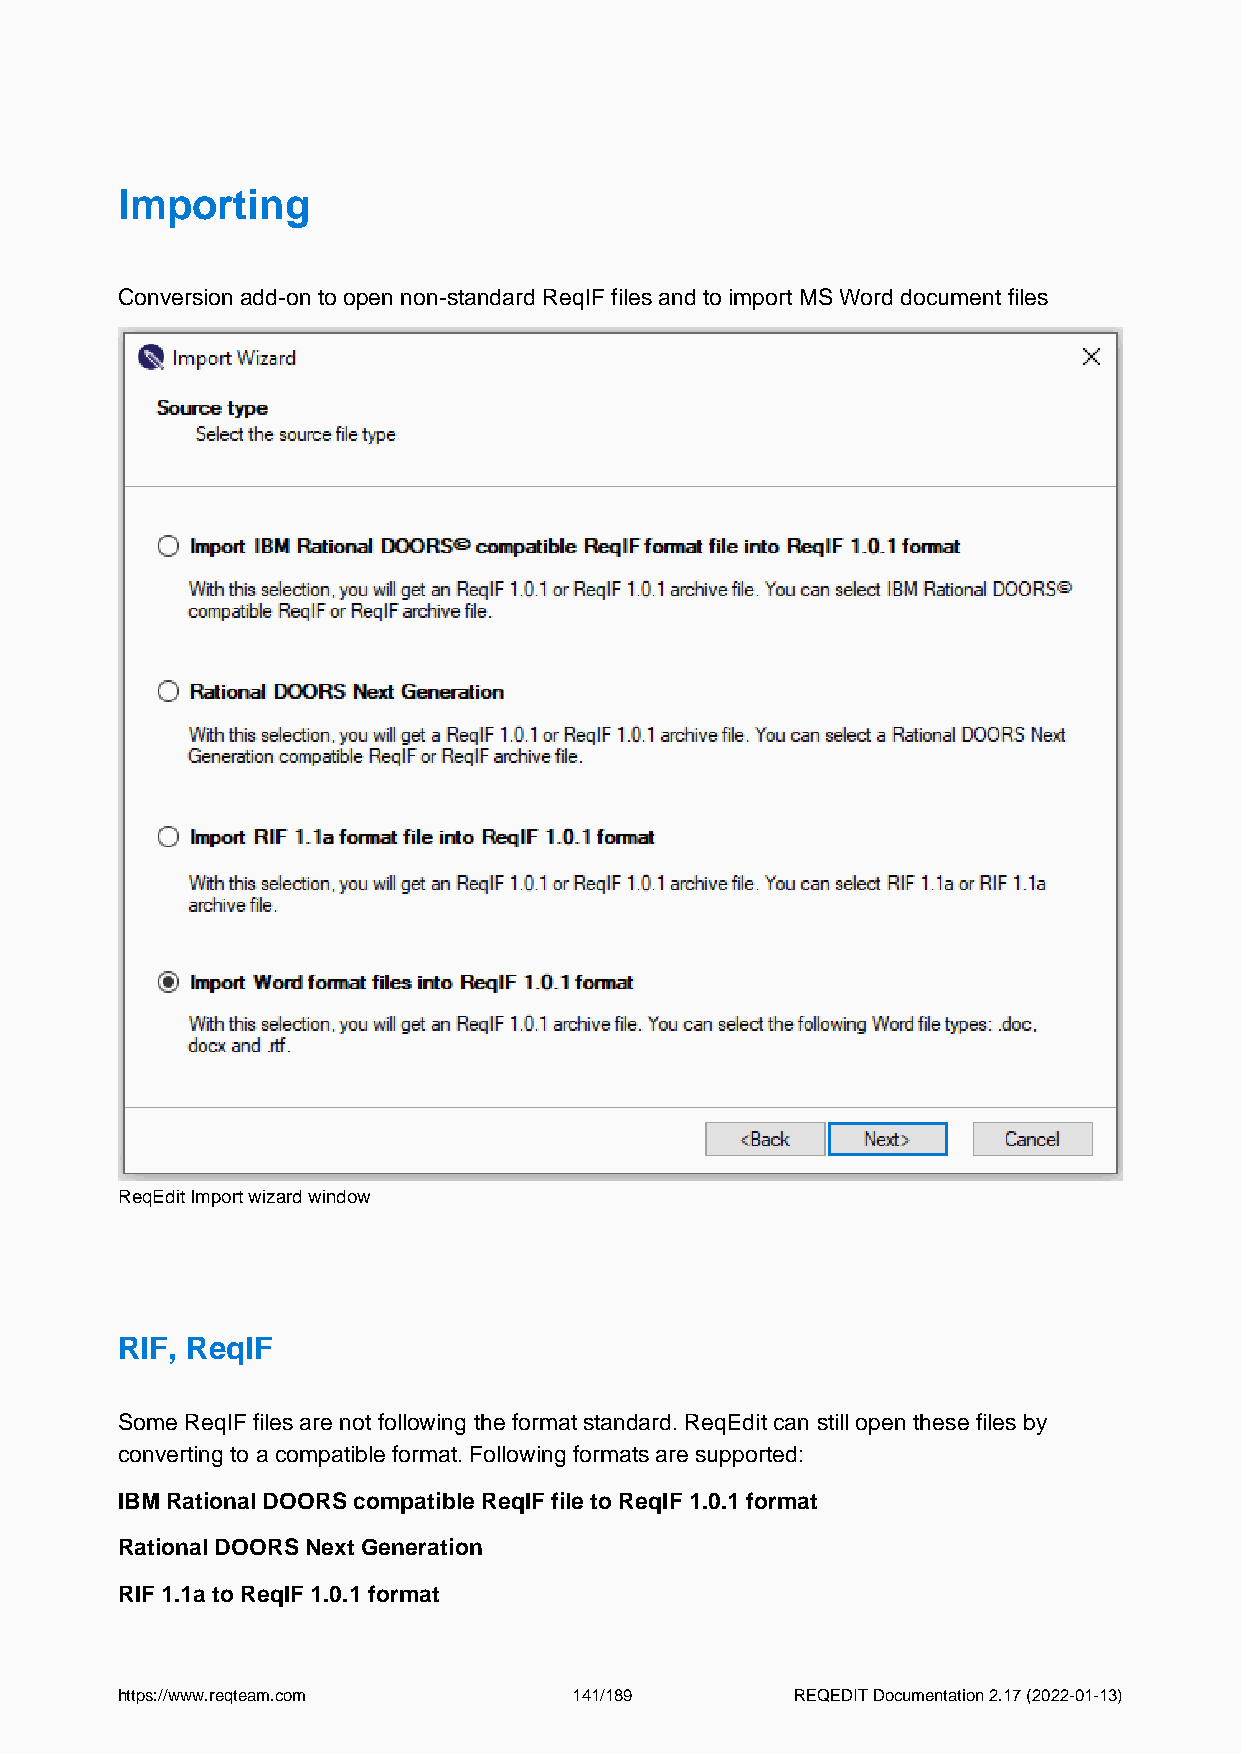
Importing
 Conversion add-on to open non-standard ReqIF files and to import MS Word document files
 ReqEdit Import wizard window
 RIF, ReqIF
 Some ReqIF files are not following the format standard. ReqEdit can still open these files by
 converting to a compatible format. Following formats are supported:
 IBM Rational DOORS compatible ReqIF file to ReqIF 1.0.1 format
 Rational DOORS Next Generation
 RIF 1.1a to ReqIF 1.0.1 format
 https://www.reqteam.com       141/189        REQEDIT Documentation 2.17 (2022-01-13)